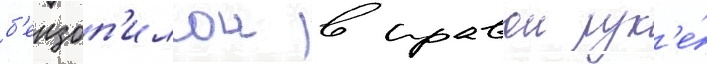
б'ензоп'илои в правои рук'е́